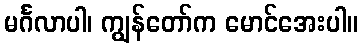
မင်္ဂလာပါ၊ ကျွန်တော်က မောင်အေးပါ။